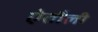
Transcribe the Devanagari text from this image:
ऐतौली